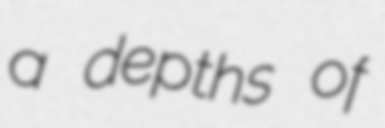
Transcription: a depths of